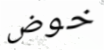
خوض